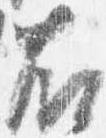
右